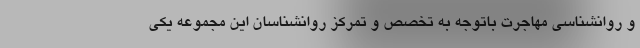
و روانشناسی مهاجرت باتوجه به تخصص و تمرکز روانشناسان این مجموعه یکی